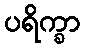
ပရိက္ခာ